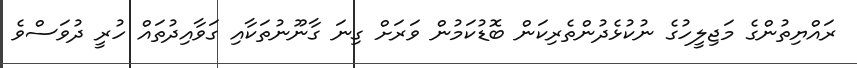
ރައްޔިތުންގެ މަޖިލީހުގެ ނުކުޅެދުންތެރިކަން ބޮޑުކަމުން ވަރަށް ގިނަ ގާނޫނުތަކާއި ގަވާއިދުތައް ހުރީ ދުވަސްވެ